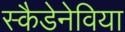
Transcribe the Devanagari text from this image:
स्कैडेनेविया